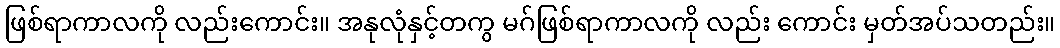
ဖြစ်ရာကာလကို လည်းကောင်း။ အနုလုံနှင့်တကွ မဂ်ဖြစ်ရာကာလကို လည်း ကောင်း မှတ်အပ်သတည်း။